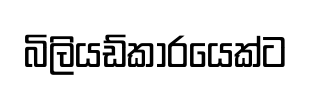
බිලියඩ්කාරයෙක්ට